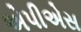
એપીએસ